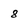
Character: 8